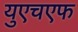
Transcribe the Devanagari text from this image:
युएचएफ